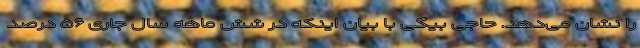
را نشان می‌دهد. حاجی بیگی با بیان اینکه در شش ماهه سال جاری ۵۶ درصد